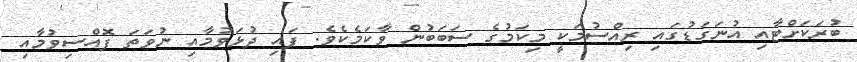
ބުރަކަށްޓާއި އުނަގަޑުގައި ރިއްސުމަކީ މިކަމުގެ ސަބަބުން ވާކަމެކެވެ. ފައި ދުޅަވުމާއި ނުވަތަ ފޮއްސިވުމާއި